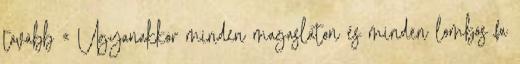
tovább « Ugyanakkor minden magaslaton és minden lombos fa